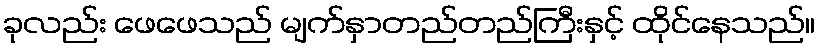
ခုလည်း ဖေဖေသည် မျက်နှာတည်တည်ကြီးနှင့် ထိုင်နေသည်။